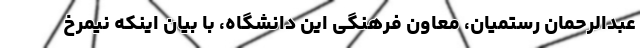
عبدالرحمان رستمیان، معاون فرهنگی این دانشگاه، با بیان اینکه نیمرخ